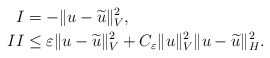
\begin{align*}I & = - \Vert u - \widetilde{u} \Vert_{V}^2 , \\II & \leq \varepsilon \Vert u - \widetilde{u} \Vert_{V}^2 + C_{\varepsilon} \Vert u\Vert_{V}^2 \Vert u - \widetilde{u} \Vert_{H}^2 .\end{align*}